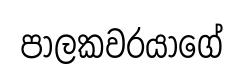
පාලකවරයාගේ